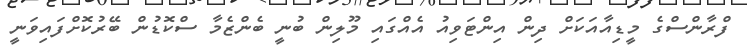
ފްރާންސްގެ މީޑިއާއަކަށް ދިން އިންޓަވިއު އެއްގައި މޫލިން ބުނީ ބެންޒެމާ ސްކޮޑުން ބޭރުކޮށްފައިވަނީ